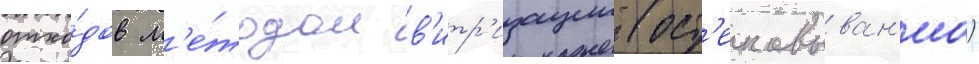
отхо́дов м'е́тодом в'итр'изации (ост'екловыван'иа)